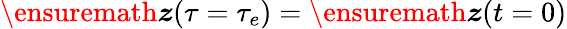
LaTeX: \ensuremath{\boldsymbol{z}}(\tau=\tau_{e})=\ensuremath{\boldsymbol{z}}(t=0)